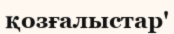
қозғалыстар'